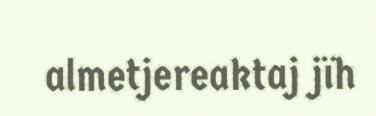
almetjereaktaj jïh